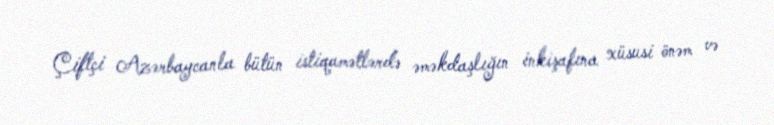
Çiftçi Azərbaycanla bütün istiqamətlərdə əməkdaşlığın inkişafına xüsusi önəm və